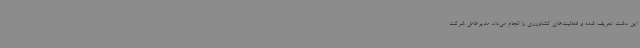
این دشت تعریف شده و فعالیت‌های کشاورزی را انجام می‌داد. مدیرعامل شرکت